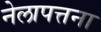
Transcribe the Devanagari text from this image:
नेलापत्तना